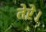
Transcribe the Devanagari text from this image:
तेरे।